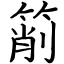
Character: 箾